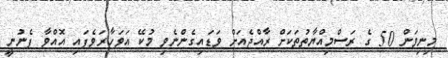
މިނިވަން 50 ގެ ރަސްމިއްޔާތުތަކަށް ރާއްޖެއަށް ވަޑައިގެންނެވި މުކޭ އަވަހާރަވެފައި އޮއްވާ ފެނުނީ